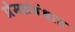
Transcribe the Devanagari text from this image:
प्रेमसंबंधात